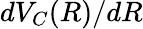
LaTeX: dV_{C}(R)/dR